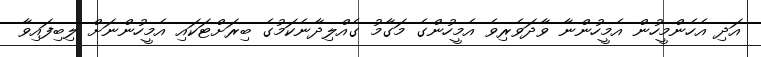
އަދި އެހެންމީހުން އެމީހުންނާ ވާދަވެރިވެ އެމީހުންގެ މަގާމު ގެއްލިދާނެކަމުގެ ބިރަށްޓަކައި އެމީހުންނަށް ލިބިފައިވާ